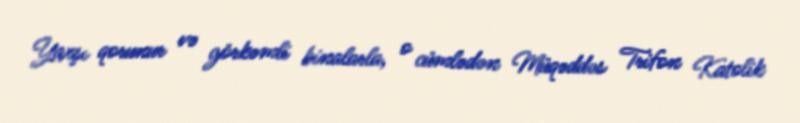
Yaxşı qorunur və görkəmli binalarla, o cümlədən Müqəddəs Trifon Katolik